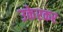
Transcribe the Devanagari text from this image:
उकेरकर